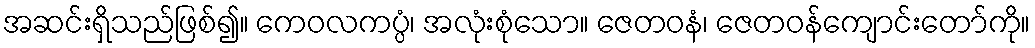
အဆင်းရှိသည်ဖြစ်၍။ ကေဝလကပ္ပံ၊ အလုံးစုံသော။ ဇေတဝနံ၊ ဇေတဝန်ကျောင်းတော်ကို။